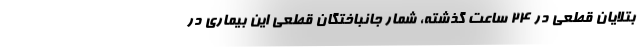
بتلایان قطعی در ۲۴ ساعت گذشته، شمار جانباختگان قطعی این بیماری در